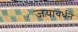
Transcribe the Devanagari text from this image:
जयावर्धने